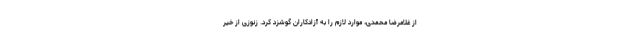
از غلامرضا محمدی، موارد لازم را به آزادکاران گوشزد کرد. زنوزی از خیر